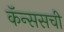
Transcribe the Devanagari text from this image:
कॅन्ससची